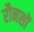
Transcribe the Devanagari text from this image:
रौनसों